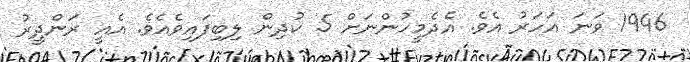
1946 ވަނަ އަހަރު އެވެ. އެދެމީހުންނަށް 5 ކުދިން ލިބިފައިވެއެވެ. އެއީ ރަންދީރު